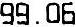
99.06